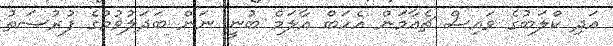
އަދި ކްލަބުގެ ވައިސް ޗެއާމަން އެހަބް އާލަމް ބުނީ ނަން ބަދަލުވުމުގެ ފުރުސަތު